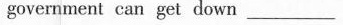
government can get down ___